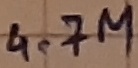
Text: 4.7M